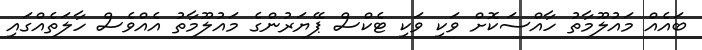
ބައެއް މައުލޫމާތު ހާއްސަކޮށް ވަކި ވަކި ޓެކްސް ޕޭޔަރުންގެ މައުލޫމާތު އެއްވެސް ހާލަތެއްގައި